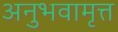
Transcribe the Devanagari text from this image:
अनुभवामृत्त